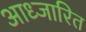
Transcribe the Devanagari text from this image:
आध्जारित